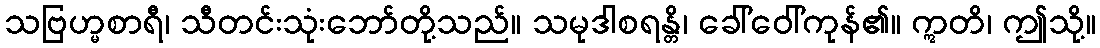
သဗြဟ္မစာရီ၊ သီတင်းသုံးဘော်တို့သည်။ သမုဒါစရန္တိ၊ ခေါ်ဝေါ်ကုန်၏။ ဣတိ၊ ဤသို့။